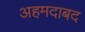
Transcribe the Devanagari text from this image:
अहमदाबद